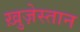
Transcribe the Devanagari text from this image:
ख़ुज़ेस्तान